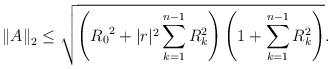
LaTeX: \begin{align*}{{\left\| {A} \right\|}_{2}}\le \sqrt{\left( {{R}_{0}}^{2}+|r{{|}^{2}}\sum\limits_{k=1}^{n-1}{R_{k}^{2}} \right)\left( 1+\sum\limits_{k=1}^{n-1}{R_{k}^{2}} \right)}.\end{align*}